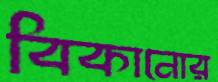
বিকানোর